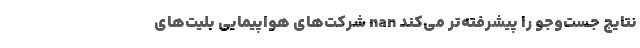
نتایج جست‌وجو را پیشرفته‌تر می‌کند nan شرکت‌های هواپیمایی بلیت‌های